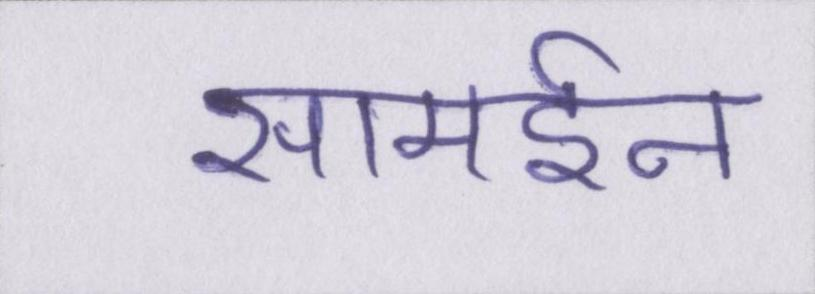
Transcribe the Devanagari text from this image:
सामईन